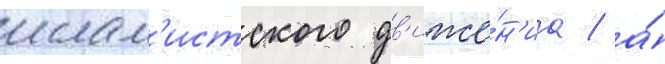
ислам'истского дв'иже́н'иа / а́